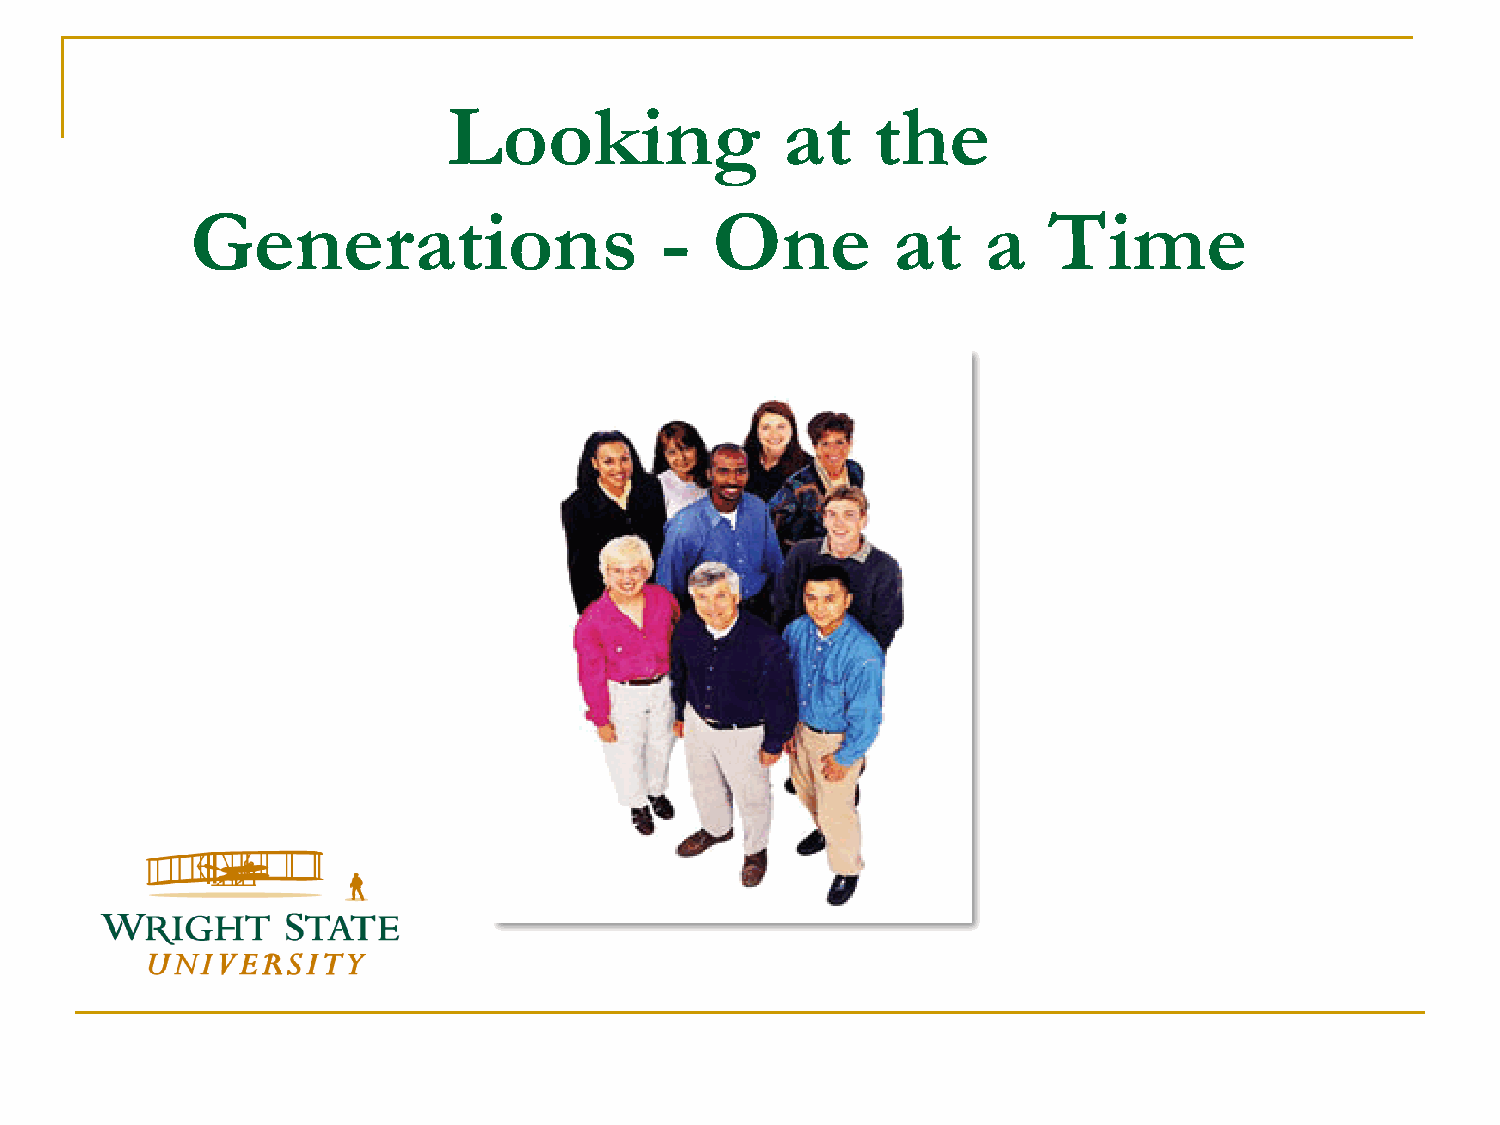
Looking               at    the
 Generations                    -  One         at    a   Time